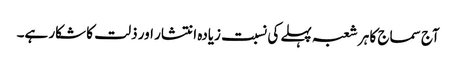
آج سماج کا ہر شعبہ پہلے کی نسبت زیادہ انتشار اور ذلت کا شکار ہے۔